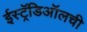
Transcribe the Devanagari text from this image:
ईस्ट्रॅडिऑलची